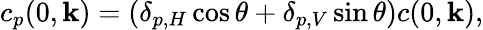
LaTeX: \begin{array}{r}{c_{p}(0,{\mathbf k})=(\delta_{p,H}\cos\theta+\delta_{p,V}\sin\theta)c(0,{\mathbf k}),}\end{array}